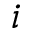
i